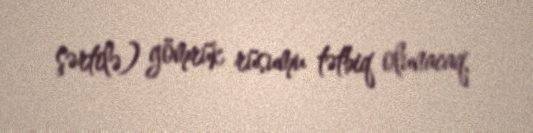
şərtilə) gömrük rüsumu tətbiq olunacaq.